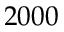
2 0 0 0